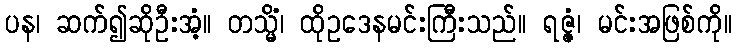
ပန၊ ဆက်၍ဆိုဦးအံ့။ တသ္မိံ၊ ထိုဥဒေနမင်းကြီးသည်။ ရဇ္ဇံ၊ မင်းအဖြစ်ကို။